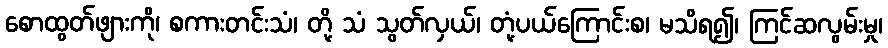
စောထွတ်ဖျားကို၊ စကားတင်းသံ၊ တို့ သံ သွတ်လှယ်၊ တုံ့ပယ်ကြောင်းစ၊ မသိရ၍၊ ကြင်ဆလွမ်းမှု၊